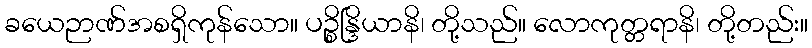
ခယေဉာဏ်အစရှိကုန်သော။ ပဉ္စိန္ဒြိယာနိ၊ တို့သည်။ လောကုတ္တရာနိ၊ တို့တည်း။